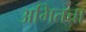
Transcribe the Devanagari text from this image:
अमितचा